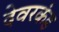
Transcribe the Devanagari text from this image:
देवरकंंड